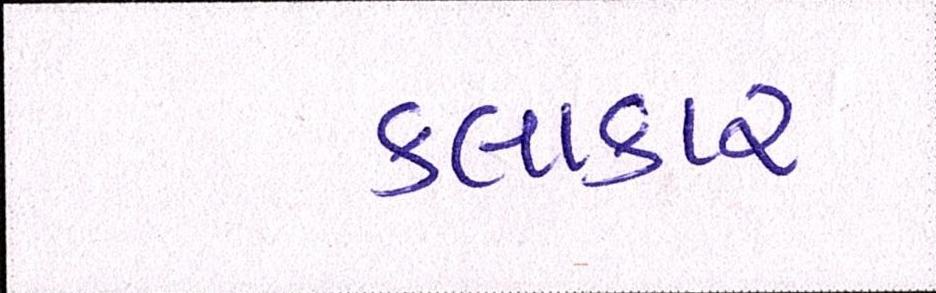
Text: કલાકાર